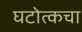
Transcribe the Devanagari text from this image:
घटोत्कचा